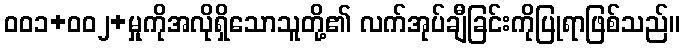
ဝဝ၁+ဝဝ၂+မှုကိုအလိုရှိသောသူတို့၏ လက်အုပ်ချီခြင်းကိုပြုရာဖြစ်သည်။